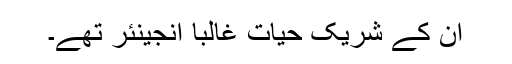
ان کے شریک حیات غالباً انجینئر تھے۔